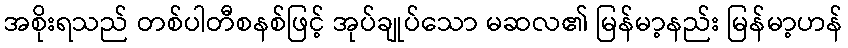
အစိုးရသည် တစ်ပါတီစနစ်ဖြင့် အုပ်ချုပ်သော မဆလ၏ မြန်မာ့နည်း မြန်မာ့ဟန်